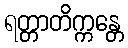
ရတ္တာတိက္ကန္တေ